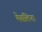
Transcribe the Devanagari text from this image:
मेसलिना